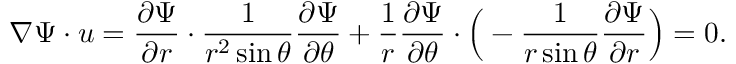
\nabla \Psi \cdot { \boldsymbol { u } } = { \frac { \partial \Psi } { \partial r } } \cdot { \frac { 1 } { r ^ { 2 } \sin \theta } } { \frac { \partial \Psi } { \partial \theta } } + { \frac { 1 } { r } } { \frac { \partial \Psi } { \partial \theta } } \cdot { \Big ( } - { \frac { 1 } { r \sin \theta } } { \frac { \partial \Psi } { \partial r } } { \Big ) } = 0 .